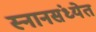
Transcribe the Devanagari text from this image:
स्नानसंध्येत